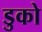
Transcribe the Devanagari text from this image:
डुको